Indian journal of veterinary science and animal husbandry - Volume 3,
Year: 1933
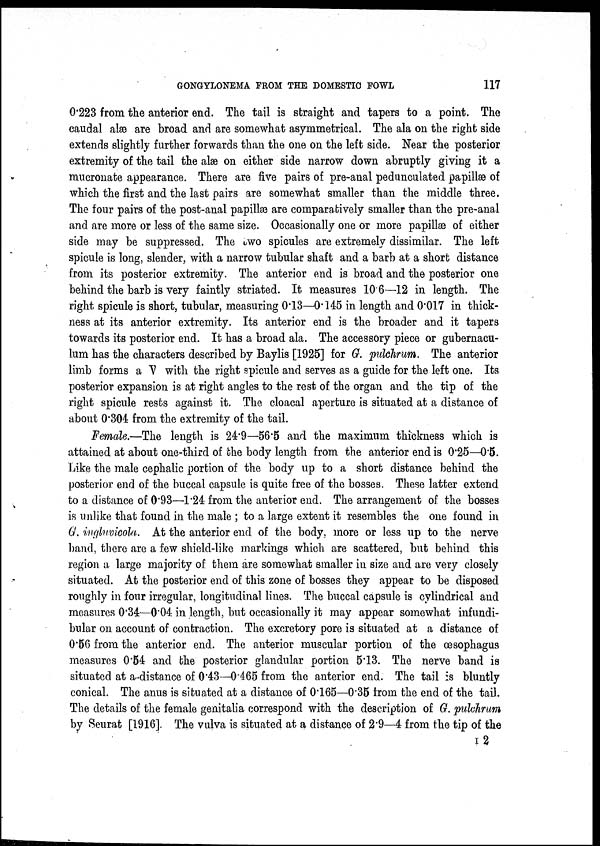
GONGYLONEMA FROM THE DOMESTIC FOWL
117
0.223 from the anterior end. The tail is straight and tapers to a point. The
caudal alæ are broad and are somewhat asymmetrical. The ala on the right side
extends slightly further forwards than the one on the left side. Near the posterior
extremity of the tail the alæ on either side narrow down abruptly giving it a
mucronate appearance. There are five pairs of pre-anal pedunculated papillæ of
which the first and the last pairs are somewhat smaller than the middle three.
The four pairs of the post-anal papillæ are comparatively smaller than the pre-anal
and are more or less of the same size. Occasionally one or more papillæ of either
side may be suppressed. The two spicules are extremely dissimilar. The left
spicule is long, slender, with a narrow tubular shaft and a barb at a short distance
from its posterior extremity. The anterior end is broad and the posterior one
behind the barb is very faintly striated. It measures 10.6—12 in length. The
right spicule is short, tubular, measuring 0.13—0.145 in length and 0.017 in thick-
ness at its anterior extremity. Its anterior end is the broader and it tapers
towards its posterior end. It has a broad ala. The accessory piece or gubernacu-
lum has the characters described by Baylis [1925] for G. pulchrum. The anterior
limb forms a V with the right spicule and serves as a guide for the left one. Its
posterior expansion is at right angles to the rest of the organ and the tip of the
right spicule rests against it. The cloacal aperture is situated at a distance of
about 0.304 from the extremity of the tail.
Female.—The length is 24.9—56.5 and the maximum thickness which is
attained at about one-third of the body length from the anterior end is 0.25—0.5.
Like the male cephalic portion of the body up to a short distance behind the
posterior end of the buccal capsule is quite free of the bosses. These latter extend
to a distance of 0.93—1.24 from the anterior end. The arrangement of the bosses
is unlike that found in the male ; to a large extent it resembles the one found in
G. ingluvicola. At the anterior end of the body, more or less up to the nerve
band, there are a few shield-like markings which are scattered, but behind this
region a large majority of them are somewhat smaller in size and are very closely
situated. At the posterior end of this zone of bosses they appear to be disposed
roughly in four irregular, longitudinal lines. The buccal capsule is cylindrical and
measures 0.34—0.04 in length, but occasionally it may appear somewhat infundi-
bular on account of contraction. The excretory pore is situated at a distance of
0.56 from the anterior end. The anterior muscular portion of the œsophagus
measures 0.54 and the posterior glandular portion 5.13. The nerve band is
situated at a distance of 0.43—0.465 from the anterior end. The tail is bluntly
conical. The anus is situated at a distance of 0.165—0.35 from the end of the tail.
The details of the female genitalia correspond with the description of G. pulchrum
by Seurat [1916] The vulva is situated at a distance of 2.9—4 from the tip of the
I 2